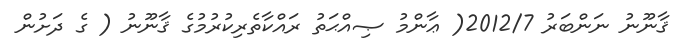
ޤާނޫނު ނަންބަރު 2012/7( ޢާންމު ޞިއްޙަތު ރައްކާތެރިކުރުމުގެ ޤާނޫނު ( ގެ ދަށުން